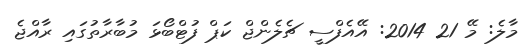
މާލެ: މޭ 21 2014: އޭއެފްސީ ޗެލެންޖް ކަޕް ފުޓްބޯޅަ މުބާރާތުގައި ރާއްޖެ